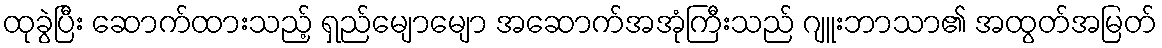
ထုခွဲပြီး ဆောက်ထားသည့် ရှည်မျောမျော အဆောက်အအုံကြီးသည် ဂျူးဘာသာ၏ အထွတ်အမြတ်